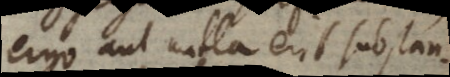
ergo aut nulla erit substan